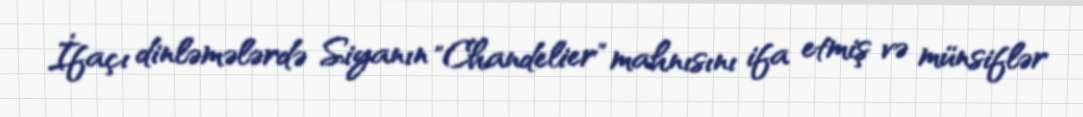
İfaçı dinləmələrdə Siyanın "Chandelier" mahnısını ifa etmiş və münsiflər